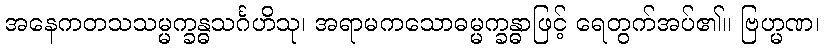
အနေကတသသမ္မက္ခန္ဓသင်္ဂဟိသု၊ အရာမကသောဓမ္မက္ခန္ဓာဖြင့် ရေတွက်အပ်၏။ ဗြဟ္မဏ၊